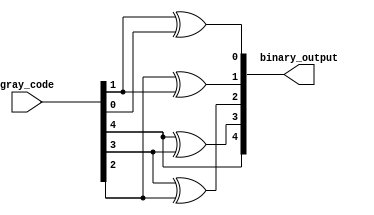
module gray_code_decoder(
    input wire [4:0] gray_code,
    output reg [4:0] binary_output
);

assign binary_output[4] = gray_code[4];
assign binary_output[3] = gray_code[4] ^ gray_code[3];
assign binary_output[2] = gray_code[3] ^ gray_code[2];
assign binary_output[1] = gray_code[2] ^ gray_code[1];
assign binary_output[0] = gray_code[1] ^ gray_code[0];

endmodule